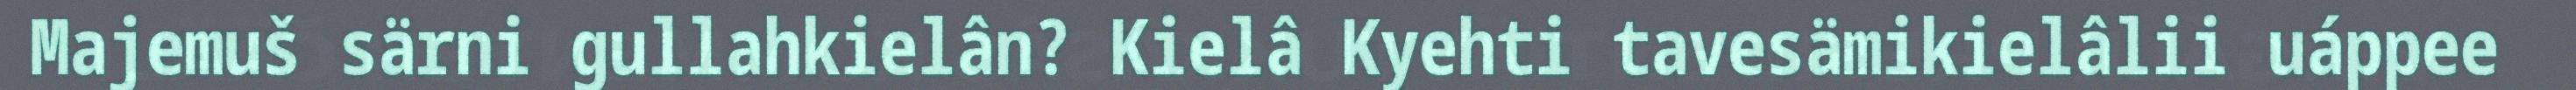
Majemuš särni gullahkielân? Kielâ Kyehti tavesämikielâlii uáppee